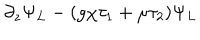
LaTeX: \partial _ { z } \Psi _ { L } - ( g \chi \tau _ { 1 } + \mu \tau _ { 2 } ) \Psi _ { L }